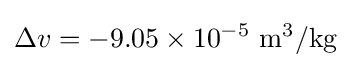
\Delta v=-9.05\times 10^{-5}~\mathrm {m^{3}/kg}